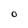
Character: O